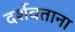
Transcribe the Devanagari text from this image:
दर्शवताना